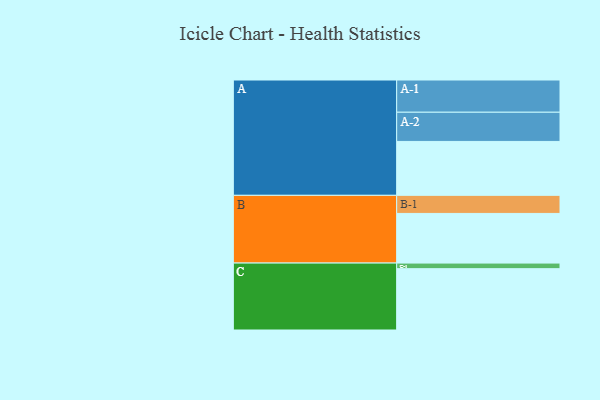
{"axis": {"x": "Segment", "y": "Value"}, "legend": ["", "A", "B", "C"], "data": [{"x": "A", "y": 480, "type": ""}, {"x": "B", "y": 442, "type": ""}, {"x": "C", "y": 546, "type": ""}, {"x": "A-1", "y": 287, "type": "A"}, {"x": "A-2", "y": 260, "type": "A"}, {"x": "B-1", "y": 161, "type": "B"}, {"x": "C-1", "y": 50, "type": "C"}]}